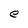
Character: e